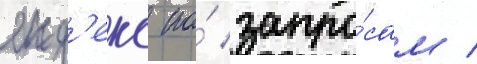
янд'екс по́ запро́сам /